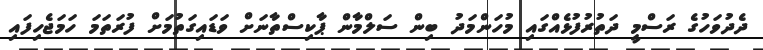
ދެދުވަހުގެ ރަސްމީ ދަތުރުފުޅެއްގައި މުހަންމަދު ބިން ސަލްމާން ޕާކިސްތާނަށް ވަޑައިގަތުމަށް ފުރަތަމަ ހަމަޖެހިފައި